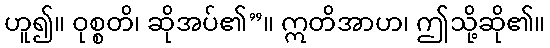
ဟူ၍။ ဝုစ္စတိ၊ ဆိုအပ်၏”။ ဣတိအာဟ၊ ဤသို့ဆို၏။